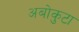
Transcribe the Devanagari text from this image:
अबोकुटा